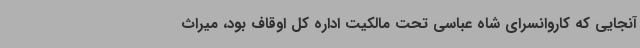
آنجایی که کاروانسرای شاه عباسی تحت مالکیت اداره کل اوقاف بود، میراث